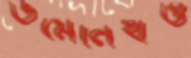
ডমেনেখও